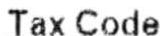
TAX CODE